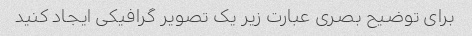
برای توضیح بصری عبارت زیر یک تصویر گرافیکی ایجاد کنید